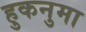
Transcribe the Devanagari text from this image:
हुकनुमा